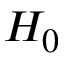
H _ { 0 }